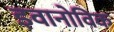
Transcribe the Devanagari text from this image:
इवानोविक